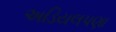
અડિયલપણા